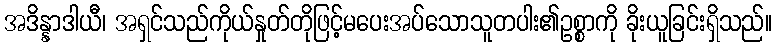
အဒိန္နာဒါယီ၊ အရှင်သည်ကိုယ်နှုတ်တိုဖြင့်မပေးအပ်သောသူတပါး၏ဥစ္စာကို ခိုးယူခြင်းရှိသည်။